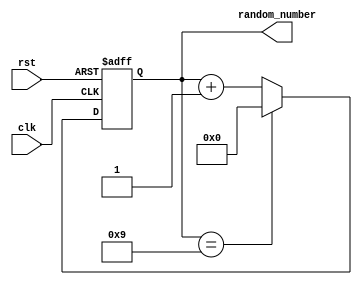
`timescale 1ns / 1ps
//////////////////////////////////////////////////////////////////////////////////
// Company: 
// Engineer: 
// 
// Design Name: 
// Module Name: random_gen
// Project Name: 
// Target Devices: 
// Tool Versions: 
// Description: 
// 
// Dependencies: 
// 
// Revision:
// Revision 0.01 - File Created
// Additional Comments:
// 
//////////////////////////////////////////////////////////////////////////////////

module RandomNumberGenerator (
  input wire clk,
  input wire rst,
  output wire [3:0] random_number
);

  reg [3:0] num;

initial begin
    num <= 4'd0;
end
always @(posedge clk or posedge rst) begin
    if (rst) begin
        num <= 4'd0; // Initial seed value
    end else begin
        // Linear Feedback Shift Register (LFSR) with XOR feedback
        if (num == 4'd9) begin
            num <= 4'd0;
        end
        else begin
        num <= num + 4'd1;
        end
    end
end


assign random_number = num;

endmodule